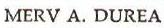
MERV A. DUREA